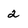
Character: 2